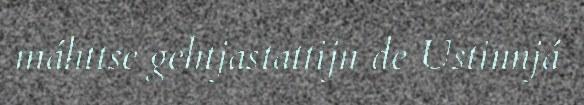
máhttse gehtjastattijn de Ustinnjá